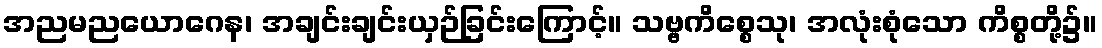
အညမညယောဂေန၊ အချင်းချင်းယှဉ်ခြင်းကြောင့်။ သဗ္ဗကိစ္စေသု၊ အလုံးစုံသော ကိစ္စတို့၌။